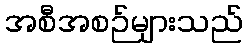
အစီအစဉ်များသည်